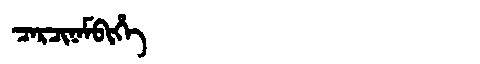
Manchu: ᠴᠠᡵᠴᡳᠨᠠᠮᠪᡳᡥᡝ
Romanization: CARCINAMBIHE